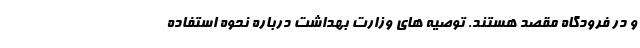
و در فرودگاه مقصد هستند. توصیه های وزارت بهداشت درباره نحوه استفاده